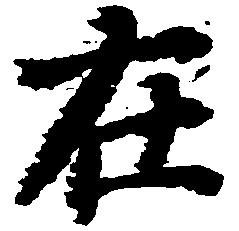
在